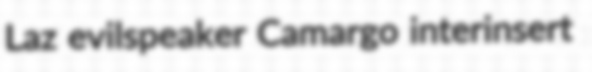
Laz evilspeaker Camargo interinsert